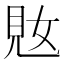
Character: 𫌜